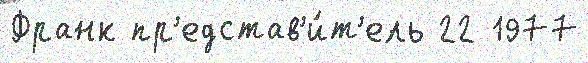
Франк пр'едстав'и́т'ель 22 1977